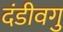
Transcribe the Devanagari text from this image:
दंडीवगु